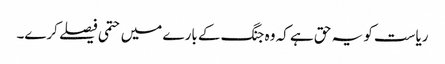
ریاست کو یہ حق ہے کہ وہ جنگ کے بارے میں حتمی فیصلے کرے۔